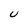
Character: U